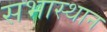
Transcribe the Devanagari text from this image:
सभास्थान